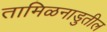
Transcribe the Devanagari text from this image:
तामिळनाडुतील